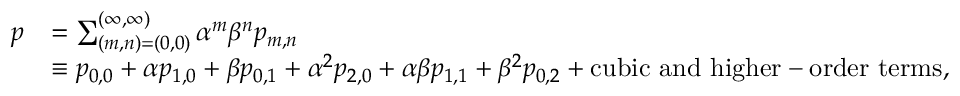
\begin{array} { r l } { p } & { = \sum _ { ( m , n ) = ( 0 , 0 ) } ^ { ( \infty , \infty ) } \alpha ^ { m } \beta ^ { n } p _ { m , n } } \\ & { \equiv p _ { 0 , 0 } + \alpha p _ { 1 , 0 } + \beta p _ { 0 , 1 } + \alpha ^ { 2 } p _ { 2 , 0 } + \alpha \beta p _ { 1 , 1 } + \beta ^ { 2 } p _ { 0 , 2 } + \mathrm { c u b i c ~ a n d ~ h i g h e r - o r d e r ~ t e r m s } , } \end{array}